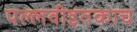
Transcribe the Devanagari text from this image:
पल्लवीइतकाच